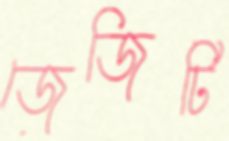
জেজিটি